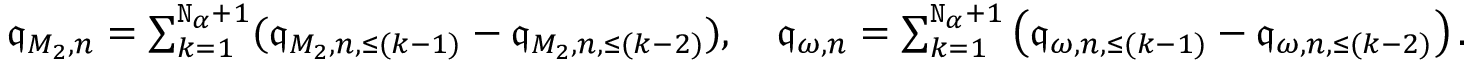
\begin{array} { r } { \mathfrak { q } _ { M _ { 2 } , n } = \sum _ { k = 1 } ^ { \mathtt { N } _ { \alpha } + 1 } ( \mathfrak { q } _ { M _ { 2 } , n , \le ( k - 1 ) } - \mathfrak { q } _ { M _ { 2 } , n , \le ( k - 2 ) } ) , \quad \mathfrak { q } _ { \omega , n } = \sum _ { k = 1 } ^ { \mathtt { N } _ { \alpha } + 1 } \left( \mathfrak { q } _ { \omega , n , \le ( k - 1 ) } - \mathfrak { q } _ { \omega , n , \le ( k - 2 ) } \right) . } \end{array}